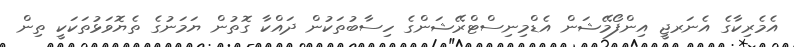
އެމެރިކާގެ އެނަރޖީ އިންފޯމޭޝަން އެޑްމިނިސްޓްރޭޝަންގެ ހިސާބުތަކުން ދައްކާ ގޮތުން ޔަމަނުގެ ތެޔޮވަޅުތަކަކީ ތިން